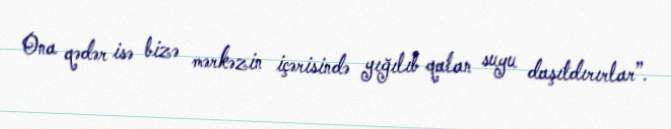
Ona qədər isə bizə mərkəzin içərisində yığılıb qalan suyu daşıtdırırlar”.